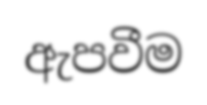
ඇපවීම